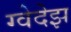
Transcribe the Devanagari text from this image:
ग्वेदेझ